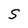
Character: S